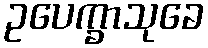
ဥပေက္ခာသုခေ